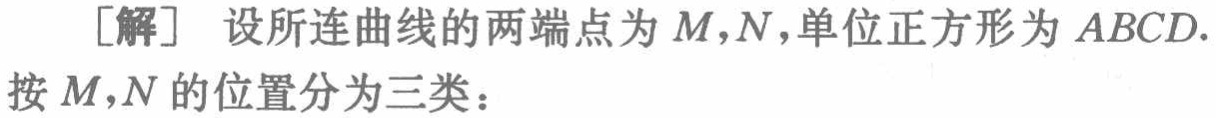
[解] 设所连曲线的两端点为 \(M,N\)，单位正方形为 \(ABCD\).
按 \(M,N\) 的位置分为三类：